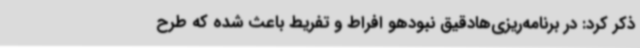
ذکر کرد: در برنامه‌ریزی‌هادقیق نبودهو افراط و تفریط باعث شده که طرح